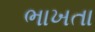
ભાખતા